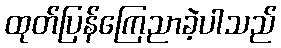
ထုတ်ပြန်ကြေညာခဲ့ပါသည်